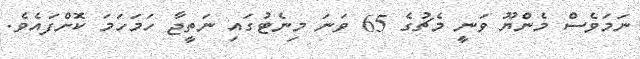
ނަމަވެސް މެންޔޫ ވަނީ މެޗުގެ 65 ވަނަ މިނެޓުގައި ނަތީޖާ ހަމަހަމަ ކޮށްފައެވެ.